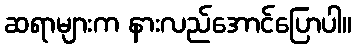
ဆရာများက နားလည်အောင်ပြောပါ။